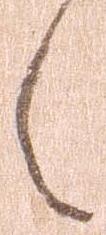
え